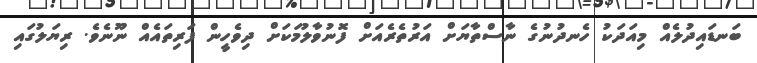
ބަނޑައިދުލެއް މިއަދަކު ހެނދުނުގެ ނާސްތާޔަށް އަރުތެރެއަށް ފޮނުވާލުމަކަށް ދިވެހީން ފަރިތައެއް ނޫނެވެ. ރިޔަލުގައި